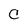
Character: C